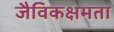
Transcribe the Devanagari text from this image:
जैविकक्षमता